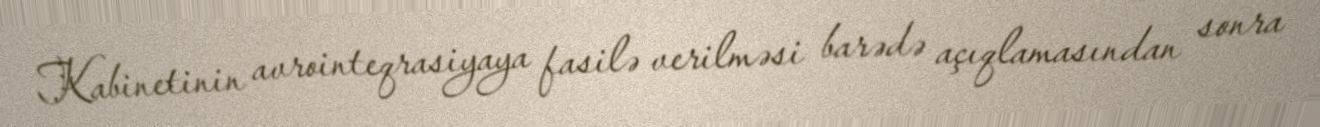
Kabinetinin avrointeqrasiyaya fasilə verilməsi barədə açıqlamasından sonra